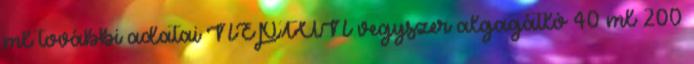
ml további adatai NEPTUN vegyszer algagátló 40 ml 200